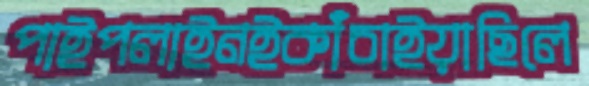
পাইপলাইনইকাঁচাইয়াছিলে